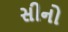
સીનો